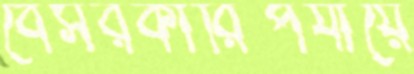
বেসরকারিপর্যায়ে